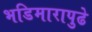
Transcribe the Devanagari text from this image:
भडिमारापुढे